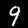
Digit: 9